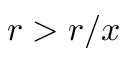
r > r / x